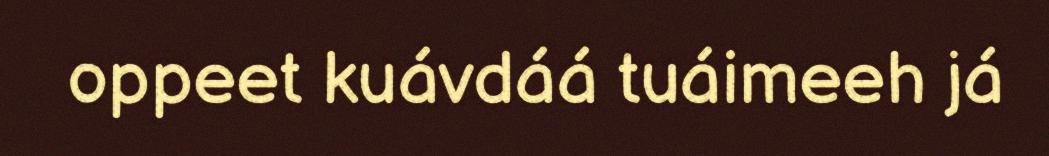
oppeet kuávdáá tuáimeeh já